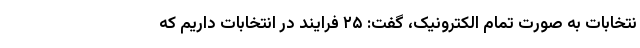
نتخابات به صورت تمام الکترونیک، گفت: ۲۵ فرایند در انتخابات داریم که